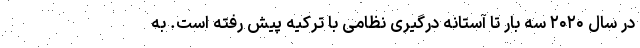
در سال ۲۰۲۰ سه بار تا آستانه درگیری نظامی با ترکیه پیش رفته است. به